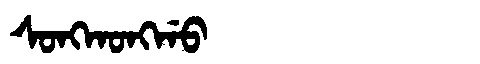
Manchu: ᠰᠣᠩᡴᠣᠩᡤᠣ
Romanization: SONGKONGGO